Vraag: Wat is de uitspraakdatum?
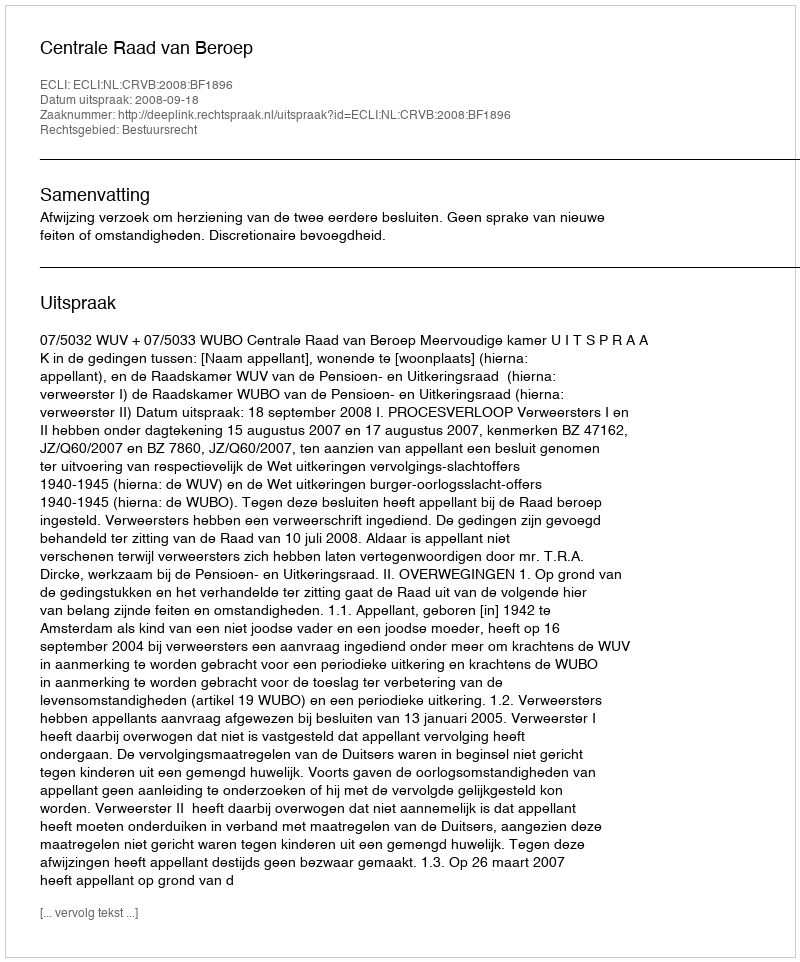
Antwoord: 2008-09-18